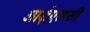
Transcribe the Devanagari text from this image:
आईएलसी